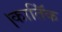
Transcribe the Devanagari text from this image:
।कातिॅक